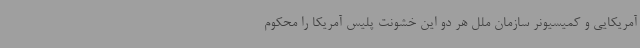
آمریکایی و کمیسیونر سازمان ملل هر دو این خشونت پلیس آمریکا را محکوم